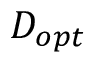
D _ { o p t }